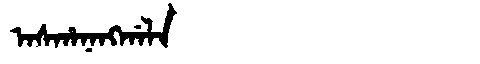
Manchu: ᠠᠰᡥᠠᠨᠠᠩᡤᠠᠯᠠ
Romanization: ASHANANGGALA